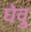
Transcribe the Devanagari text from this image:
घेवु